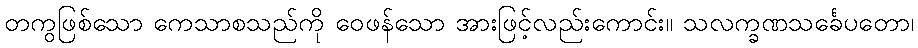
တကွဖြစ်သော ကေသာစသည်ကို ဝေဖန်သော အားဖြင့်လည်းကောင်း။ သလက္ခဏသင်္ခေပတော၊